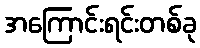
အကြောင်းရင်းတစ်ခု